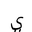
Letter: _ya